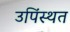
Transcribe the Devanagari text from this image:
उपिंस्थत